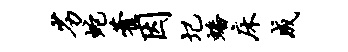
劣蛇藿因圮蟠床成